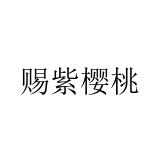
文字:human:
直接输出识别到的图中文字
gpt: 赐紫樱桃